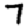
Digit: 7